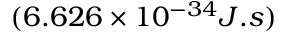
( 6 . 6 2 6 \times 1 0 ^ { - 3 4 } J . s )